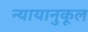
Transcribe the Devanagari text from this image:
न्यायानुकूल